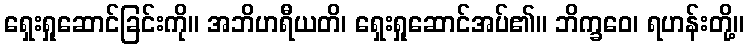
ရှေးရှုဆောင်ခြင်းကို။ အဘိဟရီယတိ၊ ရှေးရှုဆောင်အပ်၏။ ဘိက္ခဝေ၊ ရဟန်းတို့။